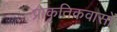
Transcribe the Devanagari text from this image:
प्राकृतिकवासों